Insane asylums in Bengal annual reports 1867-1875 - 1867-1875
Year: 1867
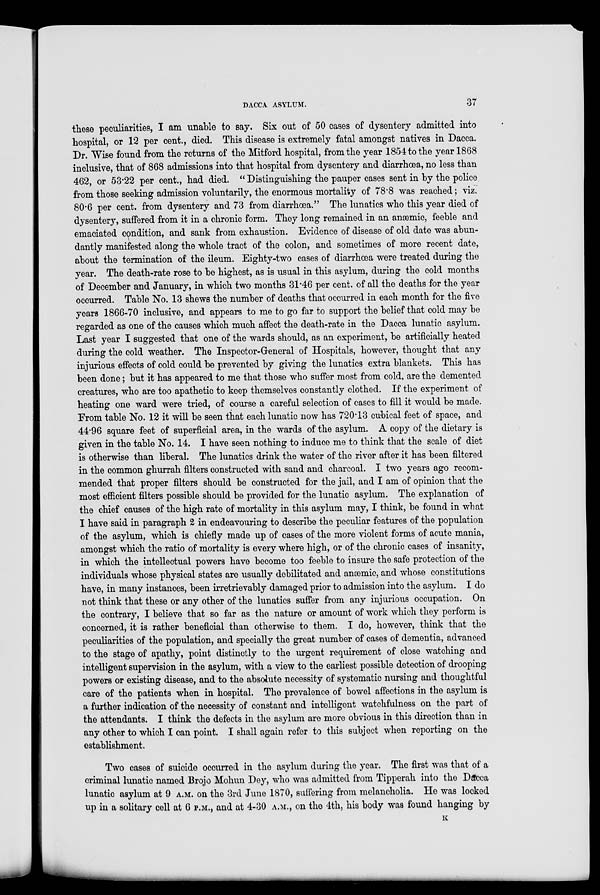
DACCA ASYLUM.
37
these peculiarities, I am unable to say. Six out of 50 cases of dysentery admitted into
hospital, or 12 per cent., died. This disease is extremely fatal amongst natives in Dacca.
Dr. Wise found from the returns of the Mitford hospital, from the year 1854 to the year 1868
inclusive, that of 868 admissions into that hospital from dysentery and diarrhœa, no less than
462, or 53.22 per cent., had died. " Distinguishing the pauper cases sent in by the police
from those seeking admission voluntarily, the enormous mortality of 78.8 was reached; viz.
80.6 per cent. from dysentery and 73 from diarrhœa." The lunatics who this year died of
dysentery, suffered from it in a chronic form. They long remained in an anæmic, feeble and
emaciated condition, and sank from exhaustion. Evidence of disease of old date was abun-
dantly manifested along the whole tract of the colon, and sometimes of more recent date,
about the termination of the ileum. Eighty-two cases of diarrhœa were treated during the
year. The death-rate rose to be highest, as is usual in this asylum, during the cold months
of December and January, in which two months 31.46 per cent. of all the deaths for the year
occurred. Table No. 13 shews the number of deaths that occurred in each month for the five
years 1866-70 inclusive, and appears to me to go far to support the belief that cold may be
regarded as one of the causes which much affect the death-rate in the Dacca lunatic asylum.
Last year I suggested that one of the wards should, as an experiment, be artificially heated
during the cold weather. The Inspector-General of Hospitals, however, thought that any
injurious effects of cold could be prevented by giving the lunatics extra blankets. This has
been done; but it has appeared to me that those who suffer most from cold, are the demented
creatures, who are too apathetic to keep themselves constantly clothed. If the experiment of
heating one ward were tried, of course a careful selection of cases to fill it would be made.
From table No. 12 it will be seen that each lunatic now has 720.13 cubical feet of space, and
44.96 square feet of superficial area, in the wards of the asylum. A copy of the dietary is
given in the table No. 14. I have seen nothing to induce me to think that the scale of diet
is otherwise than liberal. The lunatics drink the water of the river after it has been filtered
in the common ghurrah filters constructed with sand and charcoal. I two years ago recom-
mended that proper filters should be constructed for the jail, and I am of opinion that the
most efficient filters possible should be provided for the lunatic asylum. The explanation of
the chief causes of the high rate of mortality in this asylum may, I think, be found in what
I have said in paragraph 2 in endeavouring to describe the peculiar features of the population
of the asylum, which is chiefly made up of cases of the more violent forms of acute mania,
amongst which the ratio of mortality is every where high, or of the chronic cases of insanity,
in which the intellectual powers have become too feeble to insure the safe protection of the
individuals whose physical states are usually debilitated and anæmic, and whose constitutions
have, in many instances, been irretrievably damaged prior to admission into the asylum. I do
not think that these or any other of the lunatics suffer from any injurious occupation. On
the contrary, I believe that so far as the nature or amount of work which they perform is
concerned, it is rather beneficial than otherwise to them. I do, however, think that the
peculiarities of the population, and specially the great number of cases of dementia, advanced
to the stage of apathy, point distinctly to the urgent requirement of close watching and
intelligent supervision in the asylum, with a view to the earliest possible detection of drooping
powers or existing disease, and to the absolute necessity of systematic nursing and thoughtful
care of the patients when in hospital. The prevalence of bowel affections in the asylum is
a further indication of the necessity of constant and intelligent watchfulness on the part of
the attendants. I think the defects in the asylum are more obvious in this direction than in
any other to which I can point. I shall again refer to this subject when reporting on the
establishment.
Two cases of suicide occurred in the asylum during the year. The first was that of a
criminal lunatic named Brojo Mohun Dey, who was admitted from Tipperah into the Dacca
lunatic asylum at 9 A.M. on the 3rd June 1870, suffering from melancholia. He was looked
up in a solitary cell at 6 P.M., and at 4-30 A.M., on the 4th, his body was found hanging by
K